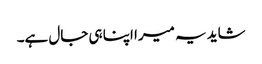
شاید یہ میرا اپنا ہی جال ہے۔